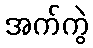
အက်ကွဲ